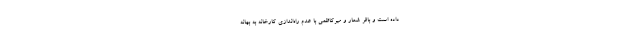
داده است و باقر شعار و میرکاظمی با عدم راه‌اندازی کارخانه به بهانه